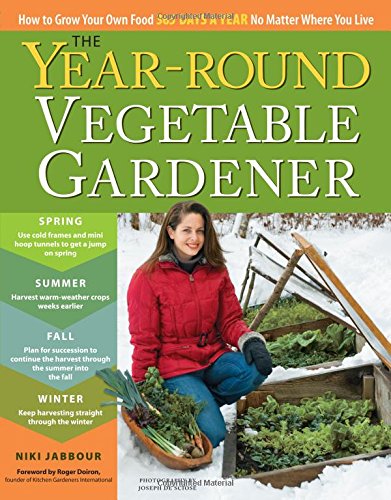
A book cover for The Year-Round Vegetable Gardener: How to Grow Your Own Food 365 Days a Year, No Matter Where You Live; Niki Jabbour; Crafts, Hobbies & Home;